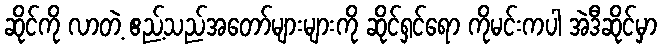
ဆိုင်ကို လာတဲ့ ဧည့်သည်အတော်များများကို ဆိုင်ရှင်ရော ကိုမင်းကပါ အဲဒီဆိုင်မှာ